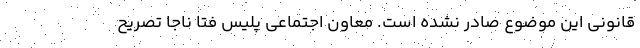
قانونی این موضوع صادر نشده است. معاون اجتماعی پلیس فتا ناجا تصریح